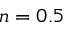
n = 0 . 5